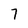
Character: 7